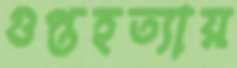
গুপ্তহত্যায়